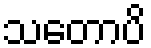
သတောပိ